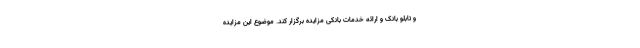
و تابلو بانک و ارائه خدمات بانکی مزایده برگزار کند. موضوع این مزایده